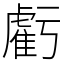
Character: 虧